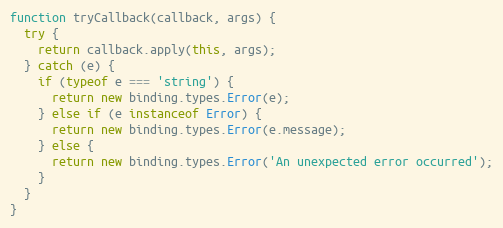
Language: JavaScript
function tryCallback(callback, args) {
  try {
    return callback.apply(this, args);
  } catch (e) {
    if (typeof e === 'string') {
      return new binding.types.Error(e);
    } else if (e instanceof Error) {
      return new binding.types.Error(e.message);
    } else {
      return new binding.types.Error('An unexpected error occurred');
    }
  }
}